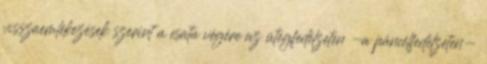
visszaemlékezések szerint a csata végére az ütegfedélzeten -a páncélfedélzeten-